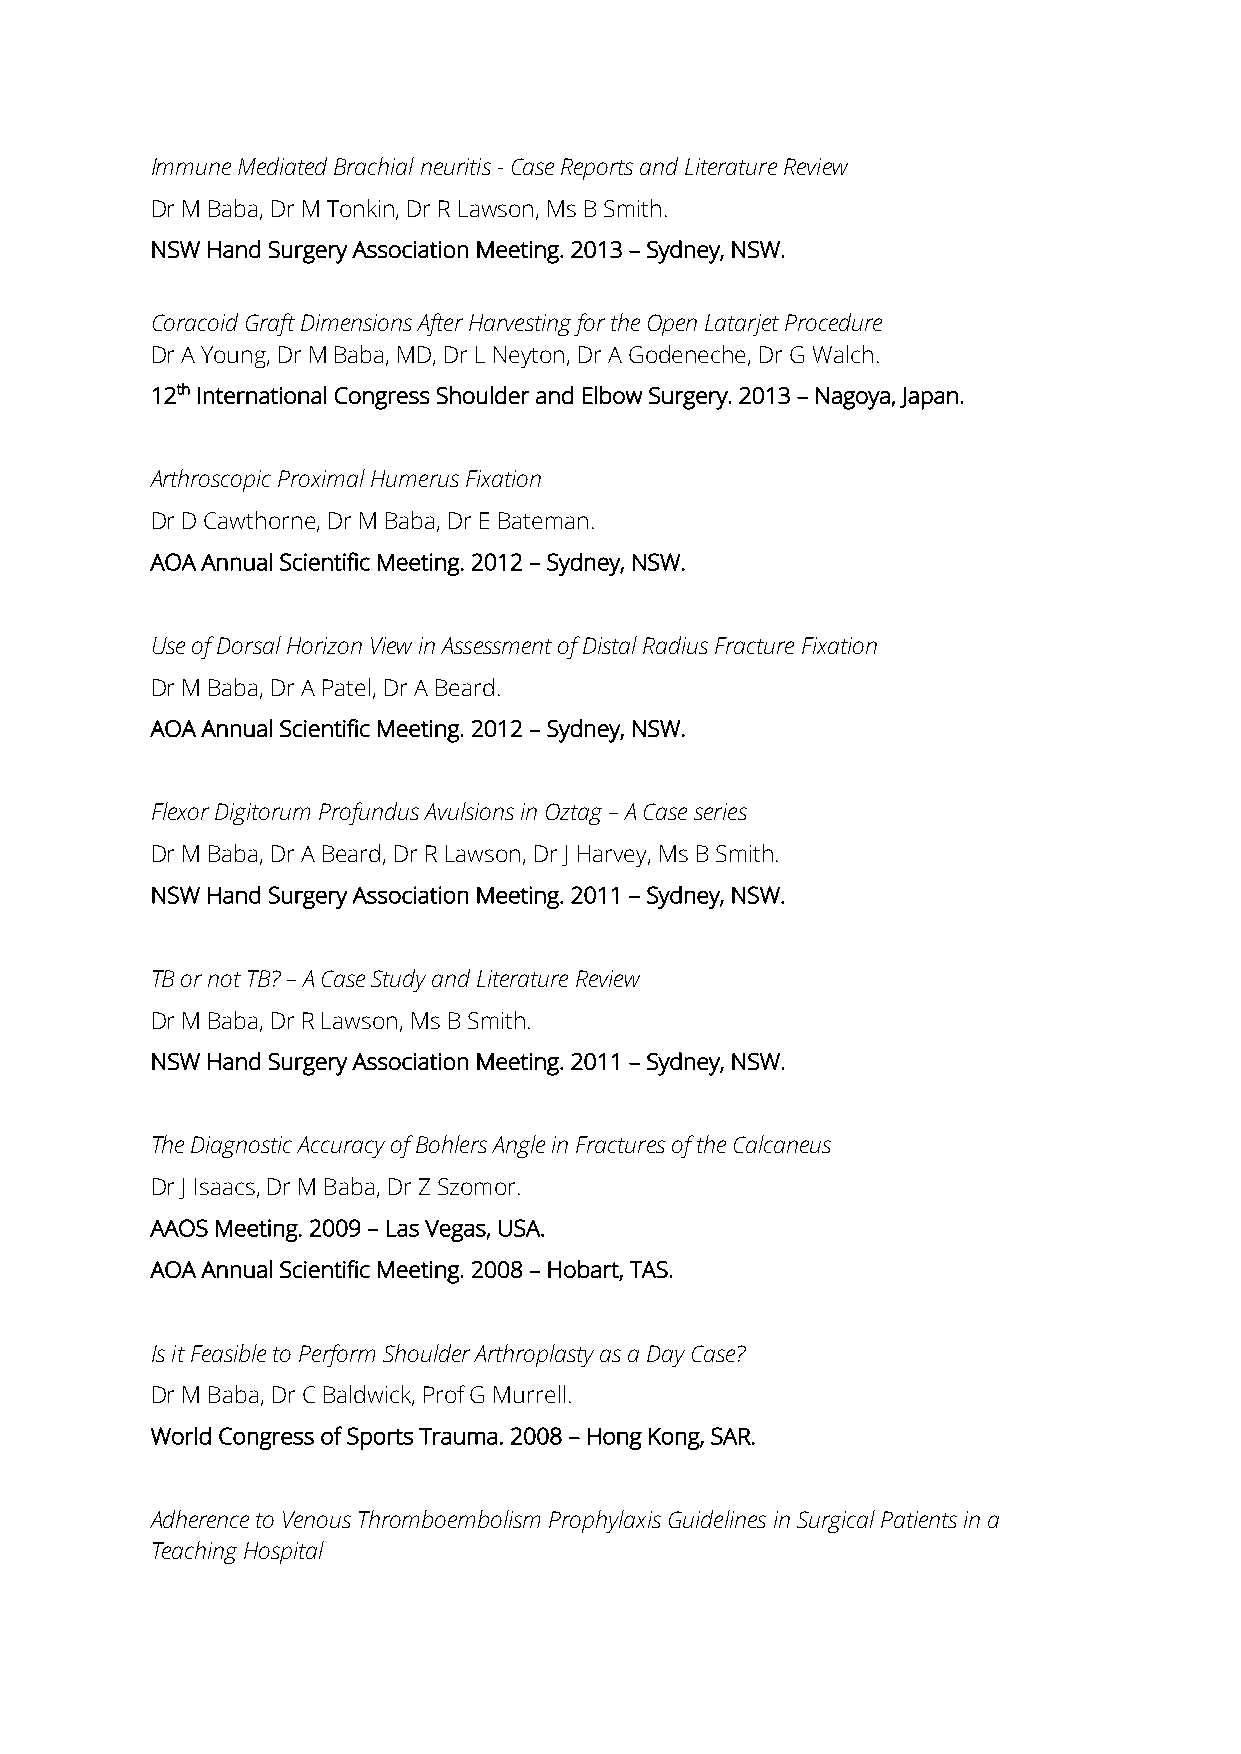
Immune Mediated Brachial neuritis - Case Reports and Literature Review
 Dr M Baba, Dr M Tonkin, Dr R Lawson, Ms B Smith.
 NSW Hand Surgery Association Meeting. 2013 – Sydney, NSW.
 Coracoid Graft Dimensions After Harvesting for the Open Latarjet Procedure
 Dr A Young, Dr M Baba, MD, Dr L Neyton, Dr A Godeneche, Dr G Walch.
 12th International Congress Shoulder and Elbow Surgery. 2013 – Nagoya, Japan.
 Arthroscopic Proximal Humerus Fixation
 Dr D Cawthorne, Dr M Baba, Dr E Bateman.
 AOA Annual Scientific Meeting. 2012 – Sydney, NSW.
 Use of Dorsal Horizon View in Assessment of Distal Radius Fracture Fixation
 Dr M Baba, Dr A Patel, Dr A Beard.
 AOA Annual Scientific Meeting. 2012 – Sydney, NSW.
 Flexor Digitorum Profundus Avulsions in Oztag – A Case series
 Dr M Baba, Dr A Beard, Dr R Lawson, Dr J Harvey, Ms B Smith.
 NSW Hand Surgery Association Meeting. 2011 – Sydney, NSW.
 TB or not TB? – A Case Study and Literature Review
 Dr M Baba, Dr R Lawson, Ms B Smith.
 NSW Hand Surgery Association Meeting. 2011 – Sydney, NSW.
 The Diagnostic Accuracy of Bohlers Angle in Fractures of the Calcaneus
 Dr J Isaacs, Dr M Baba, Dr Z Szomor.
 AAOS Meeting. 2009 – Las Vegas, USA.
 AOA Annual Scientific Meeting. 2008 – Hobart, TAS.
 Is it Feasible to Perform Shoulder Arthroplasty as a Day Case?
 Dr M Baba, Dr C Baldwick, Prof G Murrell.
 World Congress of Sports Trauma. 2008 – Hong Kong, SAR.
 Adherence to Venous Thromboembolism Prophylaxis Guidelines in Surgical Patients in a
 Teaching Hospital